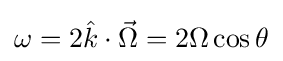
\omega =2{\hat {k}}\cdot {\vec {\Omega }}=2\Omega \cos {\theta }